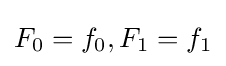
F_{0}=f_{0},F_{1}=f_{1}